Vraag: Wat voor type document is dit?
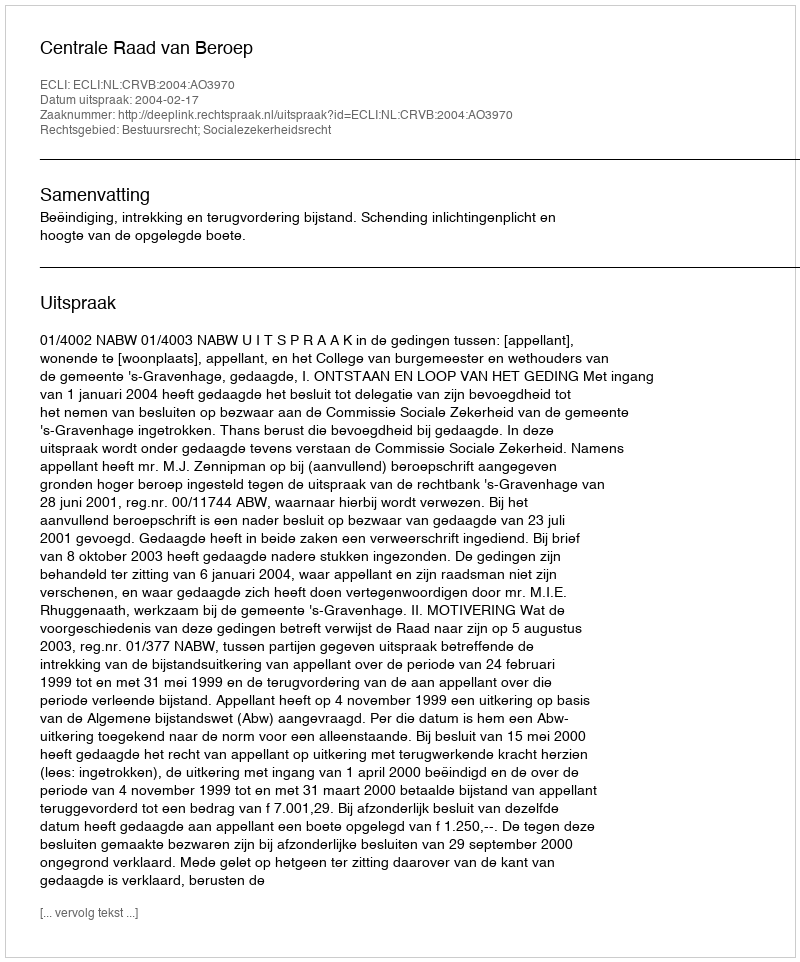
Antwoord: Uitspraak